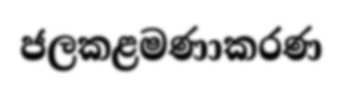
ජලකළමණාකරණ